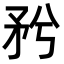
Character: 𥍠